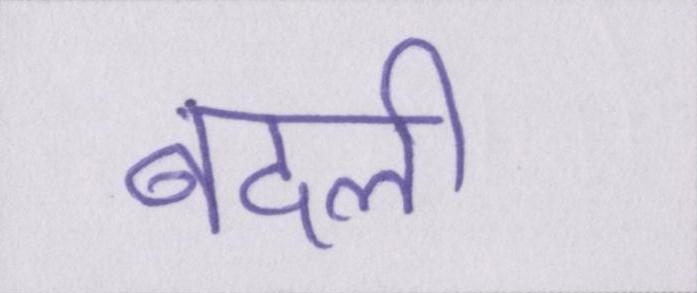
बदली